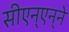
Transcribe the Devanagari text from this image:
सीएन्‌एन्‌ने